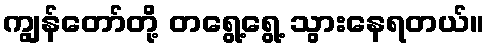
ကျွန်တော်တို့ တရွေ့ရွေ့ သွားနေရတယ်။